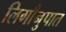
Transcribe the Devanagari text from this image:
लिगाँनुपात